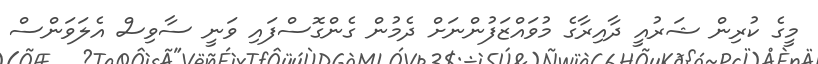
މީގެ ކުރިން ޝަރުއީ ދާއިރާގެ މުވައްޒަފުންނަށް ދެމުން ގެންގޮސްފައި ވަނީ ސާވިސް އެލަވަންސް